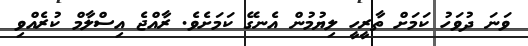
ވަނަ ދުވަހު ކަމަށް ތާރީހީ ލިޔުމުން އެނގޭ ކަމަށެވެ. ރާއްޖެ އިސްލާމް ކުރެއްވި